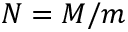
N = M / m